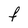
Character: f